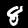
Digit: 8